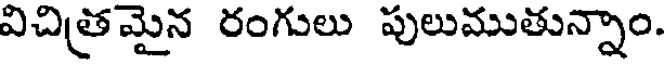
విచిత్రమైన రంగులు పులుముతున్నాం.